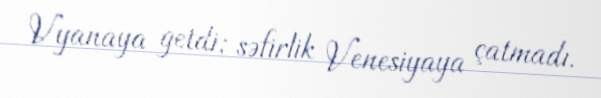
Vyanaya getdi; səfirlik Venesiyaya çatmadı.